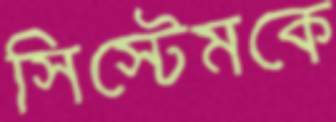
সিস্টেমকে